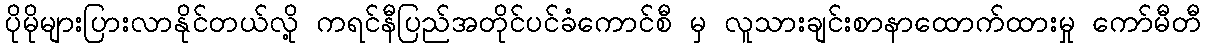
ပိုမိုများပြားလာနိုင်တယ်လို့ ကရင်နီပြည်အတိုင်ပင်ခံကောင်စီ မှ လူသားချင်းစာနာထောက်ထားမှု ကော်မီတီ